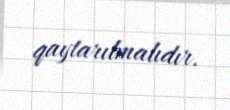
qaytarılmalıdır.